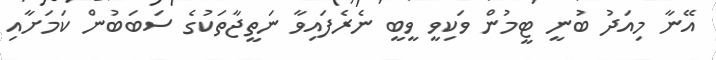
އޭނާ މިއަދު ބުނީ ޓީމުން ވަކިވީ ވީބީ ނެރެފައިވާ ނަތީޖާތަކުގެ ސަބަބުން ކަމަށާއި